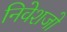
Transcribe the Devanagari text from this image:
निवेशजो